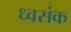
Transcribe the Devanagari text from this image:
ध्वसंक